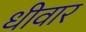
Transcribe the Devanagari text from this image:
धीवार